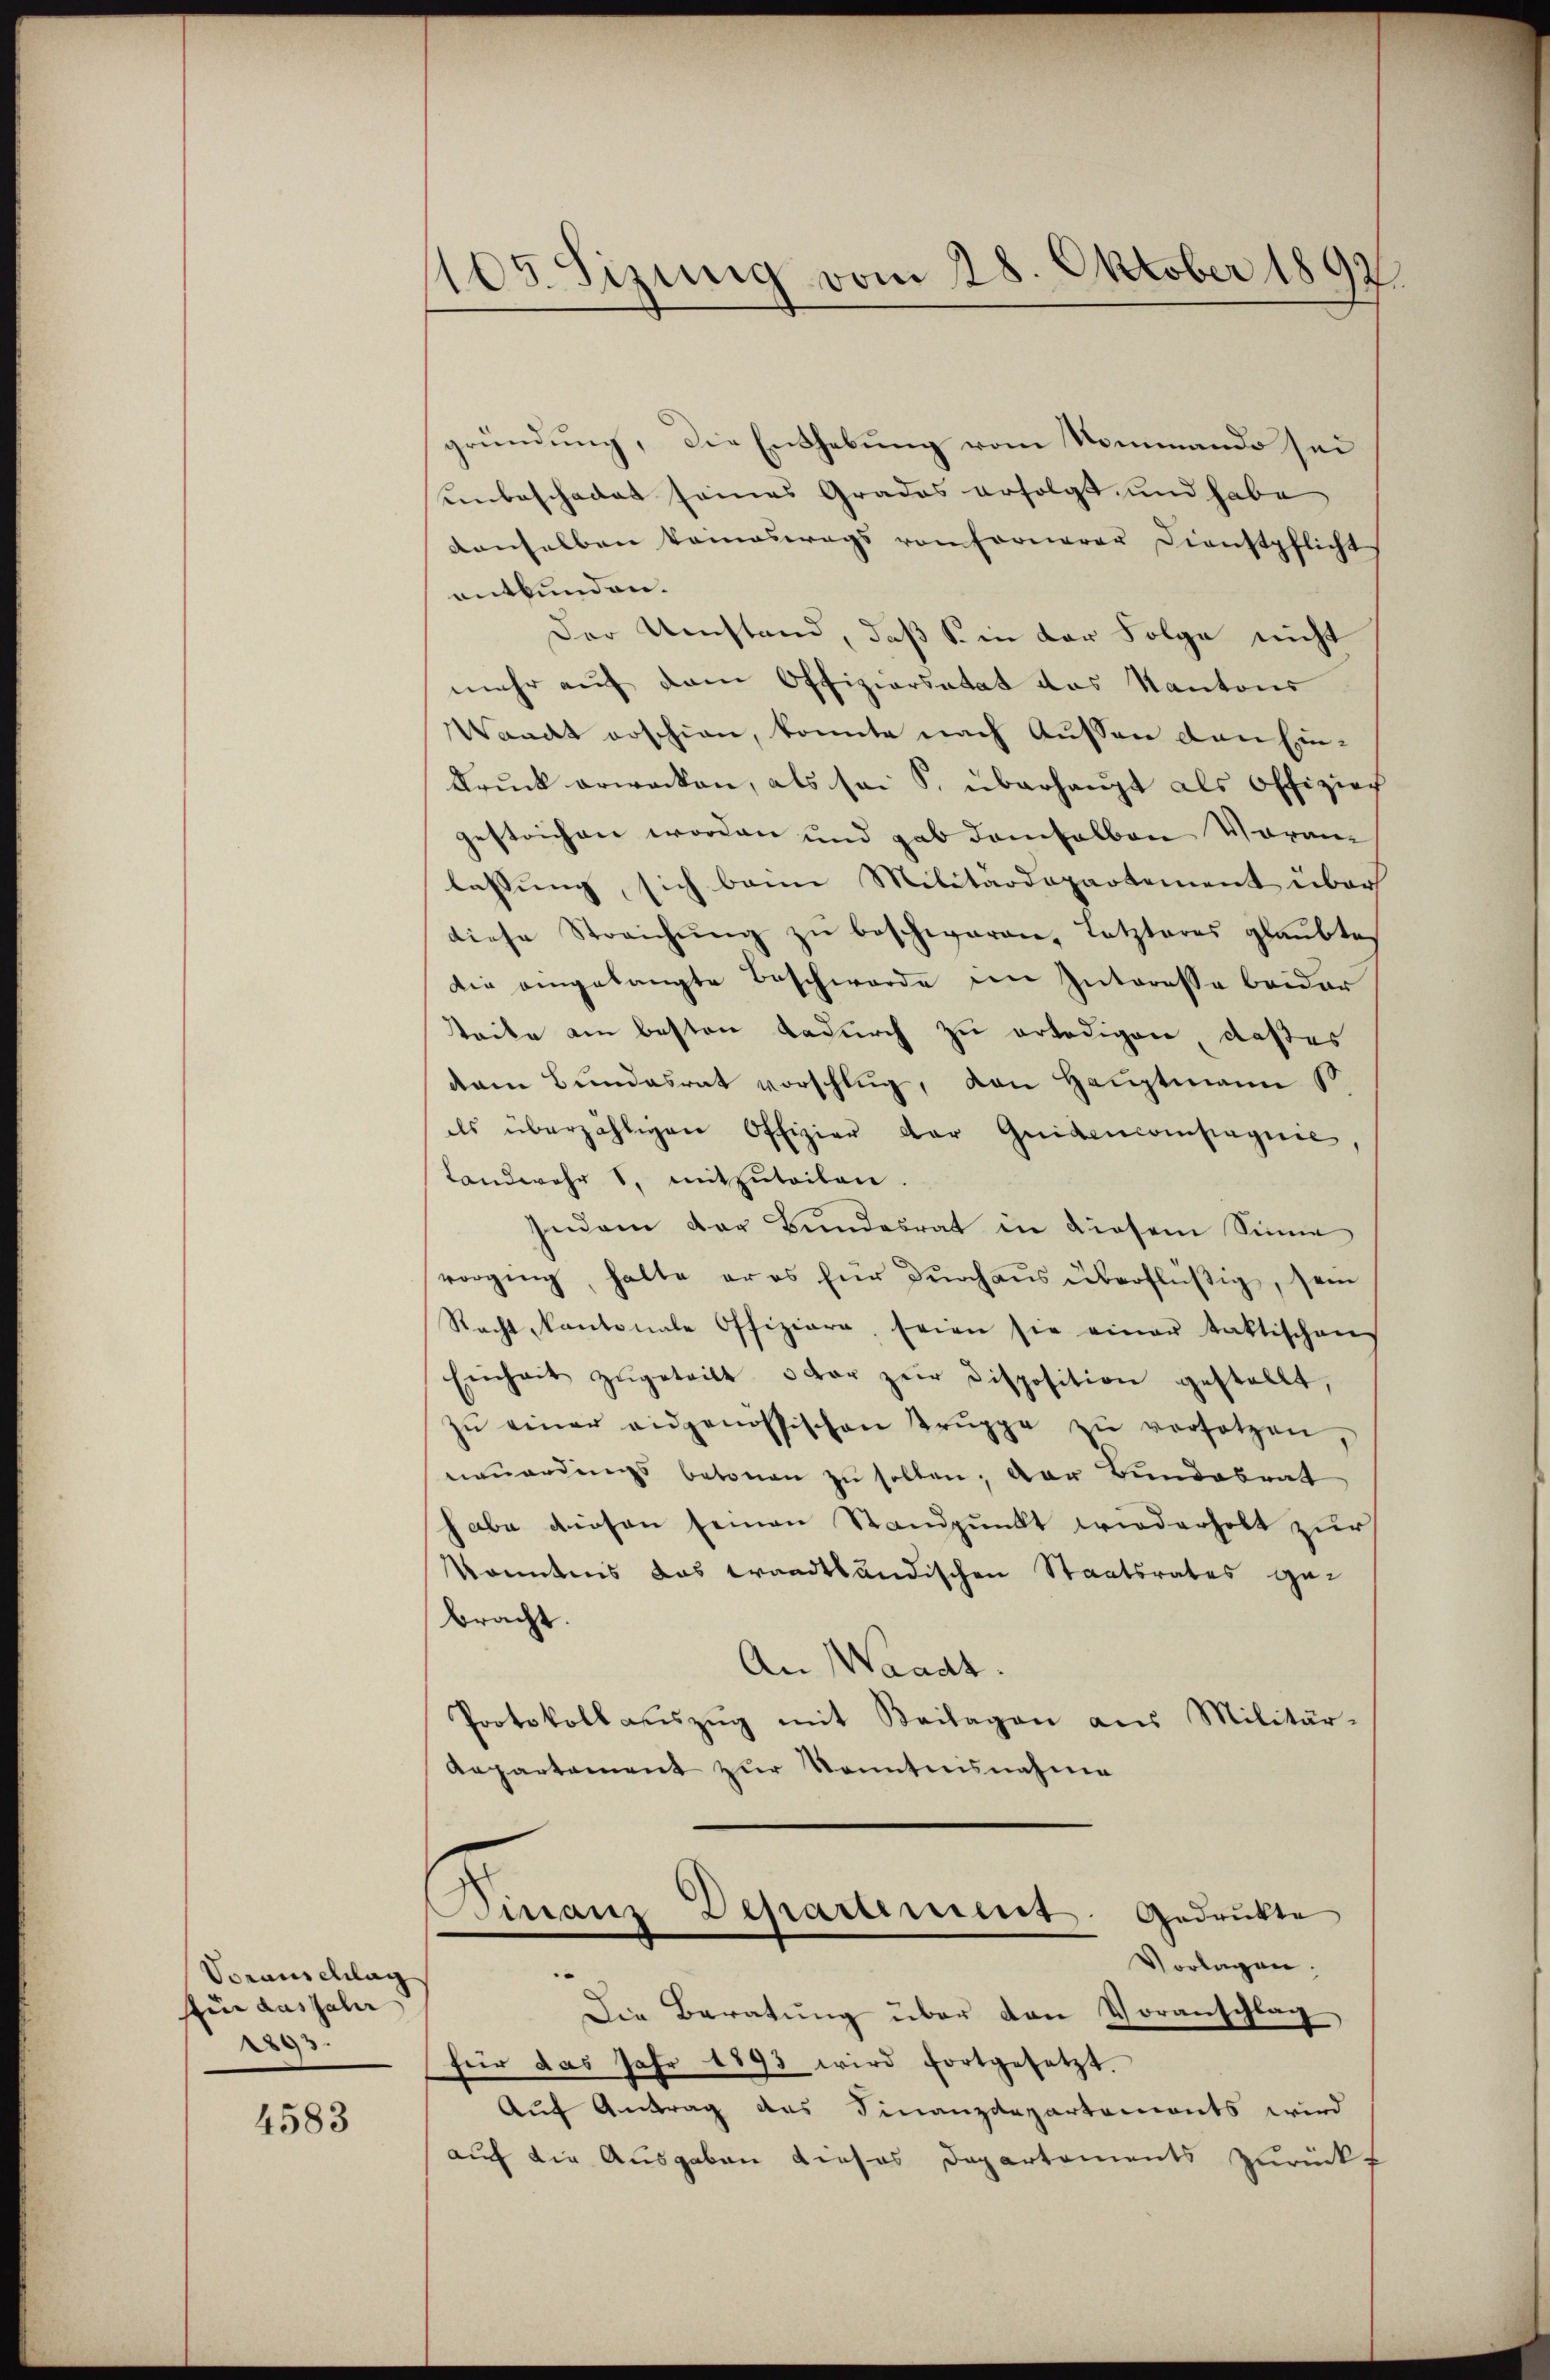
Voranschlag
fin das Jahr
.

4583

109. Sizung vom 28. Oktober 1892.

gründung, die Enthebung vom Nommando sei
einbeschadet seines Grades erfolgt und habe
denselben keineswegs von Fornerer Dienstpflicht
entbunden.
Der Umstand, daß S. in der Folge nicht
mehr auf dem Offiziarsatat das Kantons
Waadt erschien, konnte nach Aussen den Ein¬
Drŭck erwacken, als sei S. überhaupt als Offiziech
gestrichen worden und gab demselben Voran
lassung, sich bann Militärdepartement über
diese Streichŭng zŭ beschwaren, Letzteres glaubtes
die angelangte Beschwerde den Interesse beider
steile am besten Dadurch zu erledigen daßes
dem Bundesrat vorschlug, von Hauptmann s
ls überzähligen Offizier der Guidencompagnie,
Landwehr 1, mitzŭteilen.
Indem der Bundesrat in diesem Sinne
vorging, halte er es für durchaus überflüßig, sein
Recht Kantonale Offiziere, seien sie einer taktischen
Einheit zŭgetritt oder zur Disposition gestellt,
zŭ einer eidgenössischen Trŭppe zŭ versetzen,
neŭerdings betonen zu sollen; der Bundesrat
habe diesen seinen Standpunkt wiederholt zur
konntnis das waadtländischen Staatsrates ge-
bracht.
An Waadt.
Protokoll aŭszŭg mit Beilagen aus Militär-
Aapartament zur Kenntnisnahme
Finanz Departiment. Gedrukte
Vorlagen.
Die Beratung über den Voranschlag
für das Jahr 1893 wird fortgesetzt.
Auf Antrag des Finanzdepartements wird
auch die Ausgaben dieses Departements zurücks